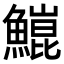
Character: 𬵥